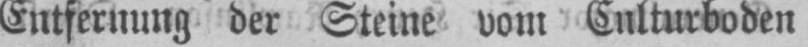
Entfernung der Steine vom Culturboden